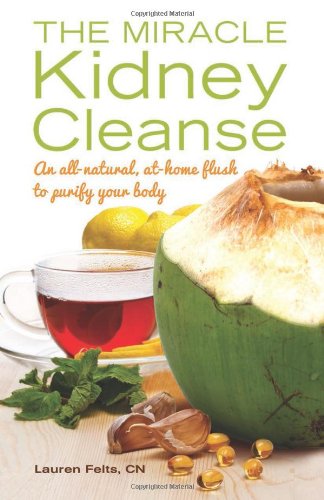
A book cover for The Miracle Kidney Cleanse: The All-Natural, At-Home Flush to Purify Your Body; Lauren Felts; Health, Fitness & Dieting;